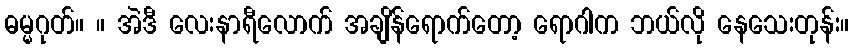
ဓမ္မဂုတ်။ ။ အဲဒီ လေးနာရီလောက် အချိန်ရောက်တော့ ရောဂါက ဘယ်လို နေသေးတုန်း။